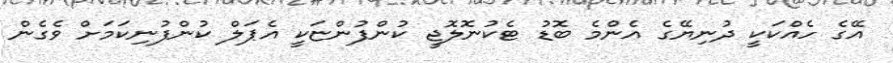
އޭގެ ހެއްކަކީ ދުނިޔޭގެ އެންމެ ބޮޑު ޓެކުނޮލޮޖީ ކުންފުންޏަކީ އެޕަލް ކުންފުނިކަމަށް ވެގެން